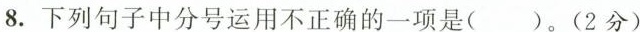
8.下列句子中分号运用不正确的一项是( )。(2分)